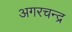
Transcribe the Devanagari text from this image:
अगरचन्द्र